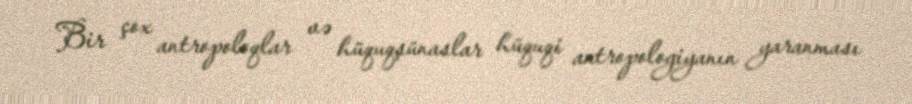
Bir çox antropoloqlar və hüquqşünaslar hüquqi antropologiyanın yaranması